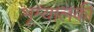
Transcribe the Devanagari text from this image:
भूम्यालकी